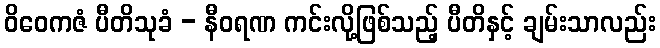
ဝိဝေကဇံ ပီတိသုခံ - နီဝရဏ ကင်းလို့ဖြစ်သည့် ပီတိနှင့် ချမ်းသာလည်း